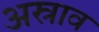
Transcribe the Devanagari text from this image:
अस्राव